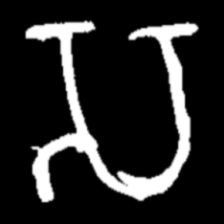
Pyu character \u2014 Myanmar letter: သ (romanized: sa)